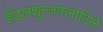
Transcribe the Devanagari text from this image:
हैंडेलशुत्जफ्लोटिले